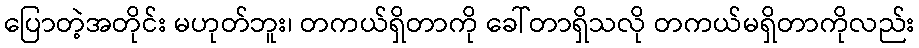
ပြောတဲ့အတိုင်း မဟုတ်ဘူး၊ တကယ်ရှိတာကို ခေါ်တာရှိသလို တကယ်မရှိတာကိုလည်း